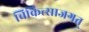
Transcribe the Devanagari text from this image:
चिकित्साजगत्‌